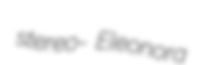
stereo- Eleonora